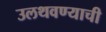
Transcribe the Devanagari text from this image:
उलथवण्याची